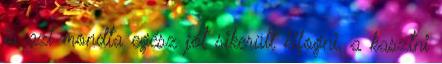
is azt mondta egész jót sikerült kifogni, a kasztni